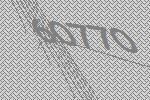
60770